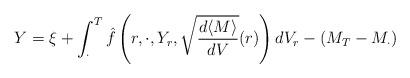
LaTeX: \begin{align*}Y=\xi +\int_{\cdot}^T\hat{f}\left(r,\cdot,Y_r,\sqrt{\frac{d\langle M \rangle}{dV}}(r)\right)dV_r - (M_T-M_{\cdot})\end{align*}